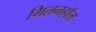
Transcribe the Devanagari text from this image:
गिलनहॉल